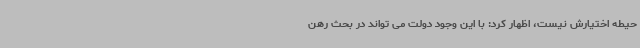
حیطه اختیارش نیست، اظهار کرد: با این وجود دولت می تواند در بحث رهن